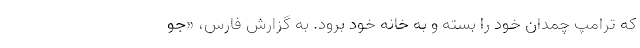
که ترامپ چمدان خود را بسته و به خانه خود برود. به گزارش فارس، «جو